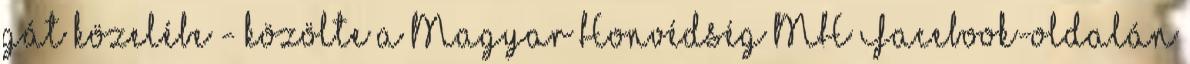
gát közelébe - közölte a Magyar Honvédség MH Facebook-oldalán